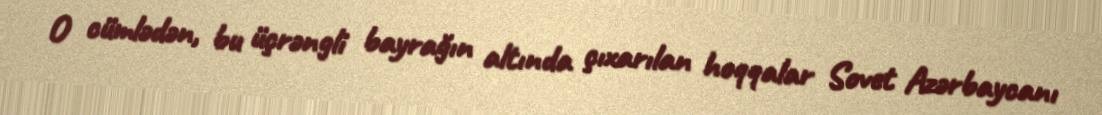
O cümlədən, bu üçrəngli bayrağın altında çıxarılan hoqqalar Sovet Azərbaycanı